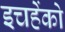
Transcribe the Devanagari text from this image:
इचहेंको